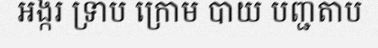
អង្ករ ទ្រាប ក្រោម បាយ បញ្ជតាប